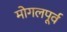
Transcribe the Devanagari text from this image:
मोगलपूर्व